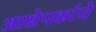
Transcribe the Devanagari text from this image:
आक्षेपकांचे